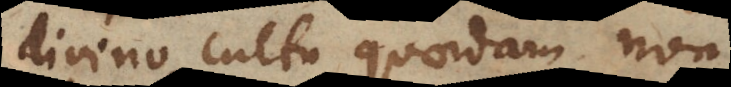
divino cultu quaedam non